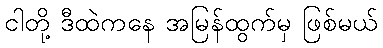
ငါတို့ ဒီထဲကနေ အမြန်ထွက်မှ ဖြစ်မယ်